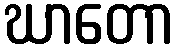
ဃာတော